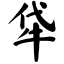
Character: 牮